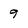
Character: 9